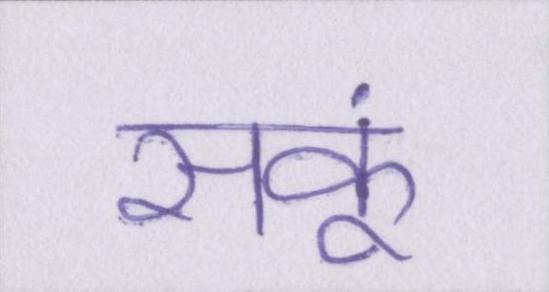
सकूं